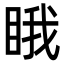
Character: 睋